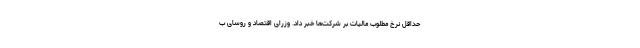
حداقل نرخ مطلوب مالیات بر شرکت‌ها خبر داد. وزرای اقتصاد و روسای ب